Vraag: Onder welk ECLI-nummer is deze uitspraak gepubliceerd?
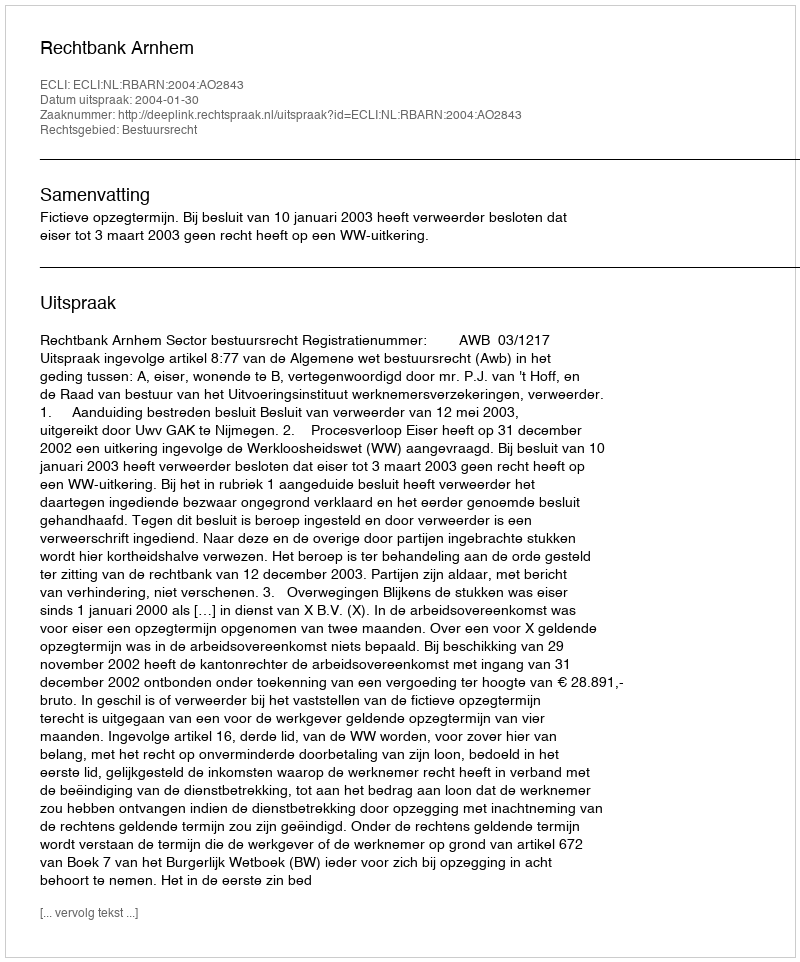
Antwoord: ECLI:NL:RBARN:2004:AO2843